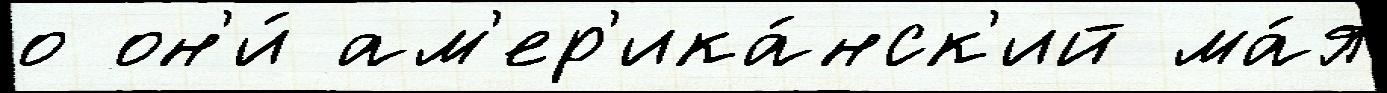
о он'и́ ам'ер'ика́нск'ий ма́я